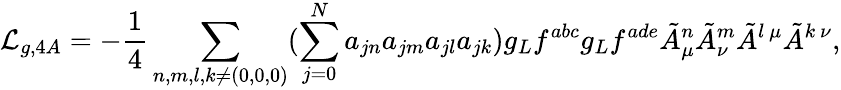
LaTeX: {\cal L}_{g,4A}=-\frac{1}{4}\sum_{n,m,l,k\neq(0,0,0)}(\sum_{j=0}^{N}a_{jn}a_{jm}a_{jl}a_{jk})g_{L}f^{abc}g_{L}f^{ade}\tilde{A}_{\mu}^{n}\tilde{A}_{\nu}^{m}\tilde{A}^{l~\mu}\tilde{A}^{k~\nu},